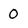
Character: O